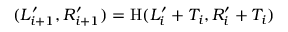
( L _ { i + 1 } ^ { \prime } , R _ { i + 1 } ^ { \prime } ) = \mathrm { H } ( L _ { i } ^ { \prime } + T _ { i } , R _ { i } ^ { \prime } + T _ { i } )